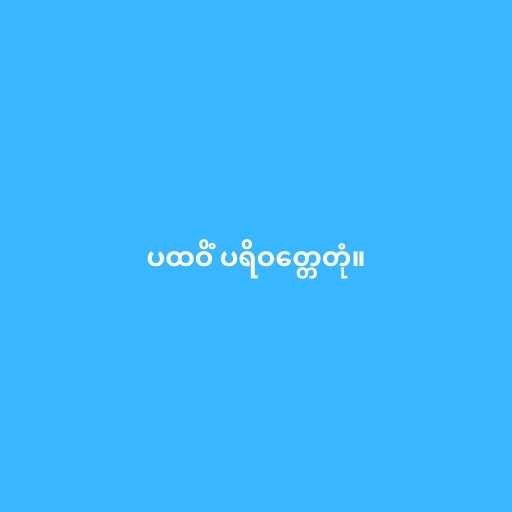
ပထဝိံ ပရိဝတ္တေတုံ။